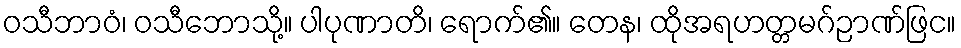
ဝသီဘာဝံ၊ ဝသီဘောသို့။ ပါပုဏာတိ၊ ရောက်၏။ တေန၊ ထိုအရဟတ္တမဂ်ဉာဏ်ဖြင။